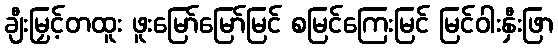
ချီးမြှင့်တထူး ဖူးမြော်မြော်မြင် စမြင်ကြေးမြင် မြင်ဝါးနှီးဖြာ